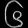
Digit: ၆